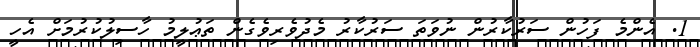
1. އެންމެ ފަހުން ސަރުކާރުން ނުވަތަ ސަރުކާރު މެދުވެރިވެގެން ތަޢުލީމު ހާސިލުކުރުމަށް އެހީ